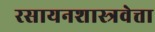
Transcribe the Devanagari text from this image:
रसायनशास्त्रवेत्ता